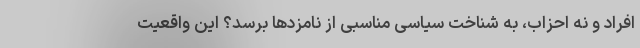
افراد و نه احزاب، به شناخت سیاسی مناسبی از نامزدها برسد؟ این واقعیت